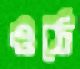
ওঠে